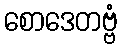
စောဒေတဗ္ဗံ